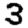
Digit: 3